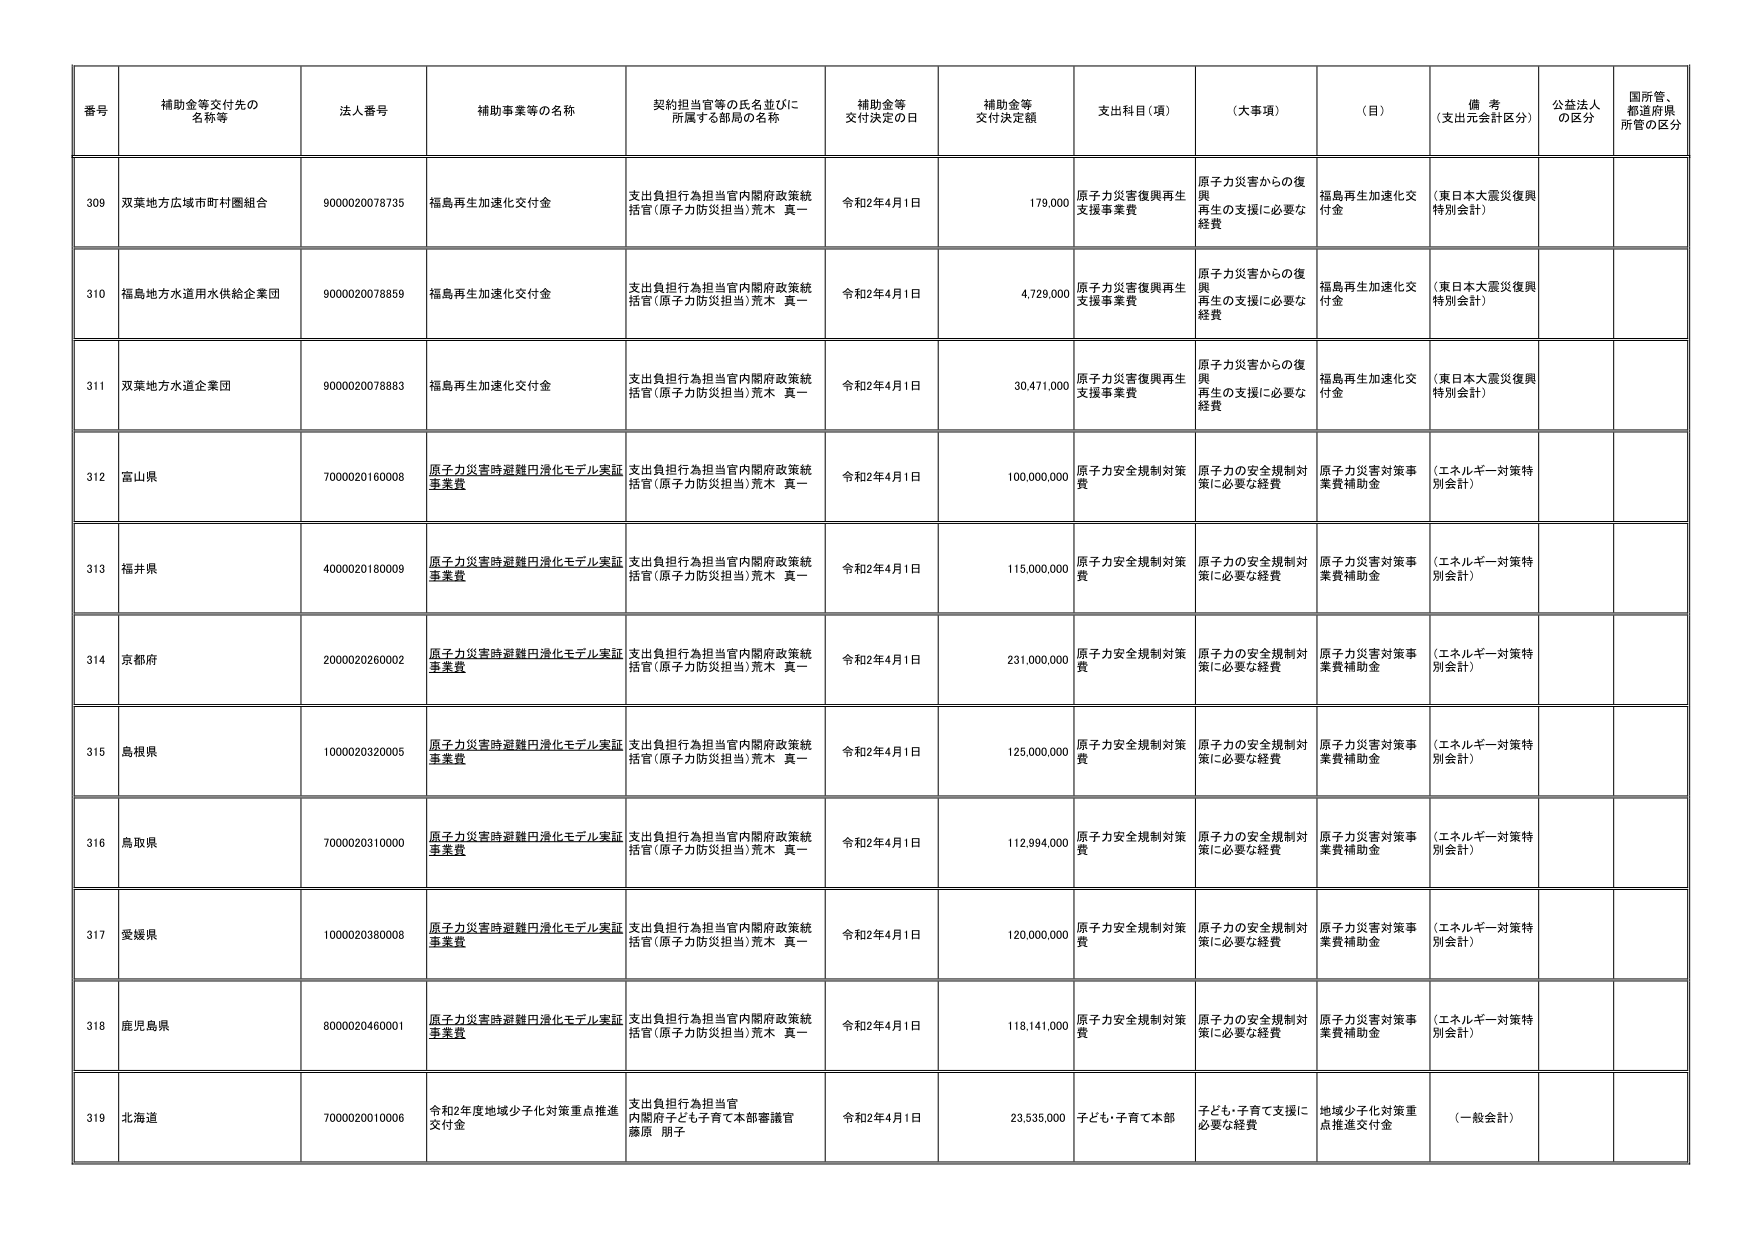
番号 補助金等交付先の名称等 法人番号 補助事業等の名称 契約担当官等の氏名並びに所属する部局の名称 補助金等交付決定の日 補助金等交付決定額 支出科目（項） （大事項） （目） 備考（支出元会計区分） 公益法人の区分 国所管、都道府県所管の区分
309 双葉地方広域市町村圏組合 9000020078735 福島再生加速化交付金 支出負担行為担当官内閣府政策統括官（原子力防災担当）荒木 真一 令和2年4月1日 179,000 原子力災害復興再生支援事業費 原子力災害からの復興再生の支援に必要な経費 福島再生加速化交付金 （東日本大震災復興特別会計）
310 福島地方水道用水供給企業団 9000020078859 福島再生加速化交付金 支出負担行為担当官内閣府政策統括官（原子力防災担当）荒木 真一 令和2年4月1日 4,729,000 原子力災害復興再生支援事業費 原子力災害からの復興再生の支援に必要な経費 福島再生加速化交付金 （東日本大震災復興特別会計）
311 双葉地方水道企業団 9000020078883 福島再生加速化交付金 支出負担行為担当官内閣府政策統括官（原子力防災担当）荒木 真一 令和2年4月1日 30,471,000 原子力災害復興再生支援事業費 原子力災害からの復興再生の支援に必要な経費 福島再生加速化交付金 （東日本大震災復興特別会計）
312 富山県 7000020160008 原子力災害時避難円滑化モデル実証事業費 支出負担行為担当官内閣府政策統括官（原子力防災担当）荒木 真一 令和2年4月1日 100,000,000 原子力安全規制対策費 原子力の安全規制対策に必要な経費 原子力災害対策事業費補助金 （エネルギー対策特別会計）
313 福井県 4000020180009 原子力災害時避難円滑化モデル実証事業費 支出負担行為担当官内閣府政策統括官（原子力防災担当）荒木 真一 令和2年4月1日 115,000,000 原子力安全規制対策費 原子力の安全規制対策に必要な経費 原子力災害対策事業費補助金 （エネルギー対策特別会計）
314 京都府 2000020260002 原子力災害時避難円滑化モデル実証事業費 支出負担行為担当官内閣府政策統括官（原子力防災担当）荒木 真一 令和2年4月1日 231,000,000 原子力安全規制対策費 原子力の安全規制対策に必要な経費 原子力災害対策事業費補助金 （エネルギー対策特別会計）
315 島根県 1000020320005 原子力災害時避難円滑化モデル実証事業費 支出負担行為担当官内閣府政策統括官（原子力防災担当）荒木 真一 令和2年4月1日 125,000,000 原子力安全規制対策費 原子力の安全規制対策に必要な経費 原子力災害対策事業費補助金 （エネルギー対策特別会計）
316 鳥取県 7000020310000 原子力災害時避難円滑化モデル実証事業費 支出負担行為担当官内閣府政策統括官（原子力防災担当）荒木 真一 令和2年4月1日 112,994,000 原子力安全規制対策費 原子力の安全規制対策に必要な経費 原子力災害対策事業費補助金 （エネルギー対策特別会計）
317 愛媛県 1000020380008 原子力災害時避難円滑化モデル実証事業費 支出負担行為担当官内閣府政策統括官（原子力防災担当）荒木 真一 令和2年4月1日 120,000,000 原子力安全規制対策費 原子力の安全規制対策に必要な経費 原子力災害対策事業費補助金 （エネルギー対策特別会計）
318 鹿児島県 8000020460001 原子力災害時避難円滑化モデル実証事業費 支出負担行為担当官内閣府政策統括官（原子力防災担当）荒木 真一 令和2年4月1日 118,141,000 原子力安全規制対策費 原子力の安全規制対策に必要な経費 原子力災害対策事業費補助金 （エネルギー対策特別会計）
319 北海道 7000020010006 令和2年度地域少子化対策重点推進交付金 支出負担行為担当官内閣府子ども育て本部審議官藤原 朋子 令和2年4月1日 23,535,000 子ども・子育て本部 子ども・子育て支援に必要な経費 地域少子化対策重点推進交付金 （一般会計）